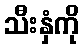
သီးနှံကို